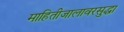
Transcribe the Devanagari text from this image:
माहितीजालावरसुद्धा